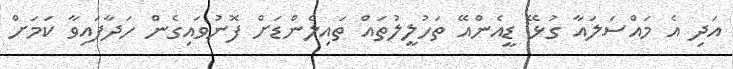
އަދި އެ މައްސަލައާ ގުޅޭ ޑީއެންއޭ ތަހުލީލުތައް ތައިލެންޑަށް ފޮނުވައިގެން ހަދާފައިވާ ކަމަށް